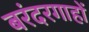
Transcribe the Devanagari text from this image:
बरंदरगाहों